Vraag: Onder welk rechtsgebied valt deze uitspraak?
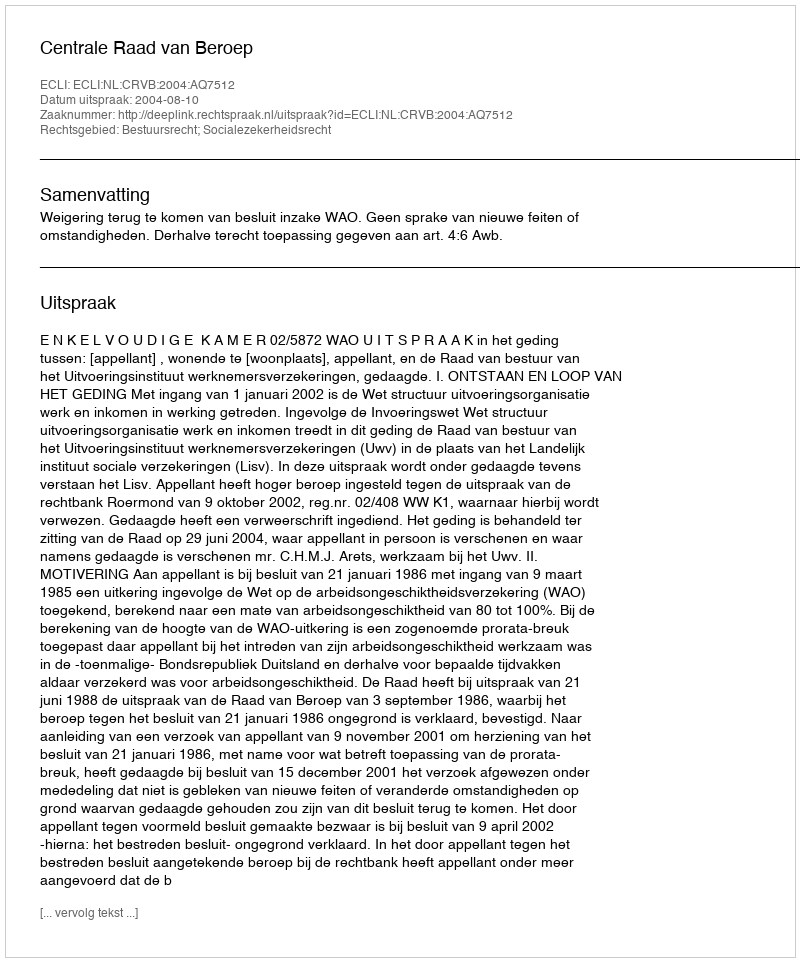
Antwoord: Bestuursrecht; Socialezekerheidsrecht